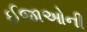
ઈજાઓની